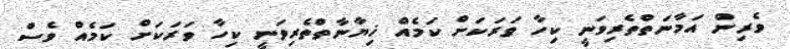
ވެރިން އަމާނަތްތެރިވަނީ ކިހާ ވަރަކަށް ކަމެއް ޚިޔާނާތްތެރިވަނީ ކިހާ ވަރަކަށް ކަމެއް ވެސް